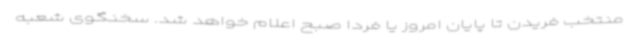
منتخب فریدن تا پایان امروز یا فردا صبح اعلام خواهد شد. سخنگوی شعبه